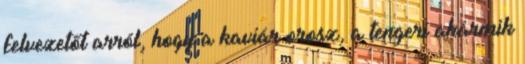
felvezetőt arról, hogy a kaviár orosz, a tengeri akármik